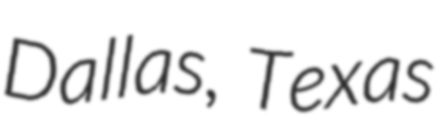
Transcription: Dallas, Texas